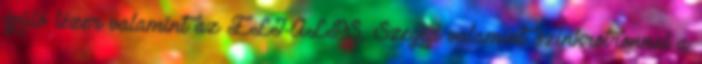
épülő lézer valamint az ELI-ALPS, Szeged valamint szinkrotronnal a